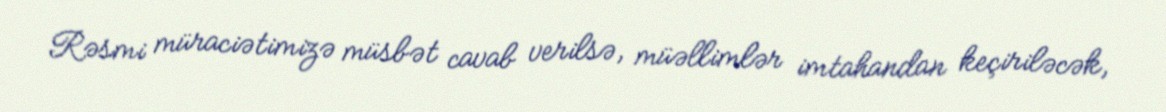
Rəsmi müraciətimizə müsbət cavab verilsə, müəllimlər imtahandan keçiriləcək,